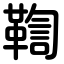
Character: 鞫